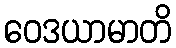
ဝေဒယာမာတိ